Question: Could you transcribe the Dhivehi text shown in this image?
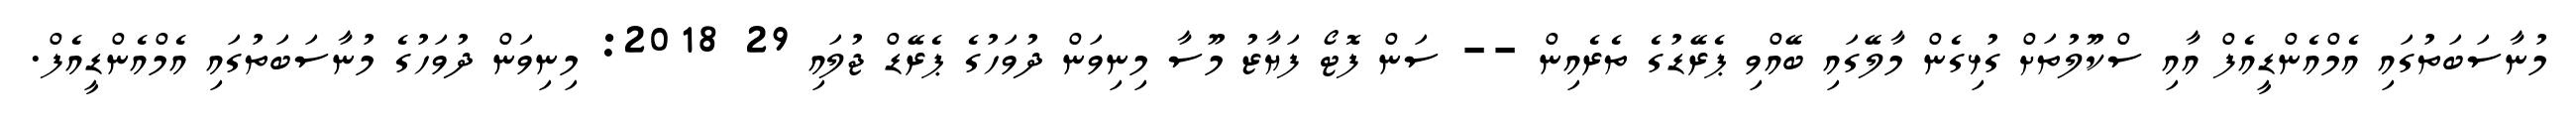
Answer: މުނާސަބަތުގައި އެމްއެންޑީއެފް އާއި ސްކޫލުތަށް ގުޅިގެން މާލޭގައި ބޭއްވި ޕެރޭޑުގެ ތެރެއިން -- ސަން ފޮޓޯ ފަޔާޒު މޫސާ މިނިވަން ދުވަހުގެ ޕެރޭޑް ޖުލައި 29 2018: މިނިވަން ދުވަހުގެ މުނާސަބަތުގައި އެމްއެންޑީއެފް.